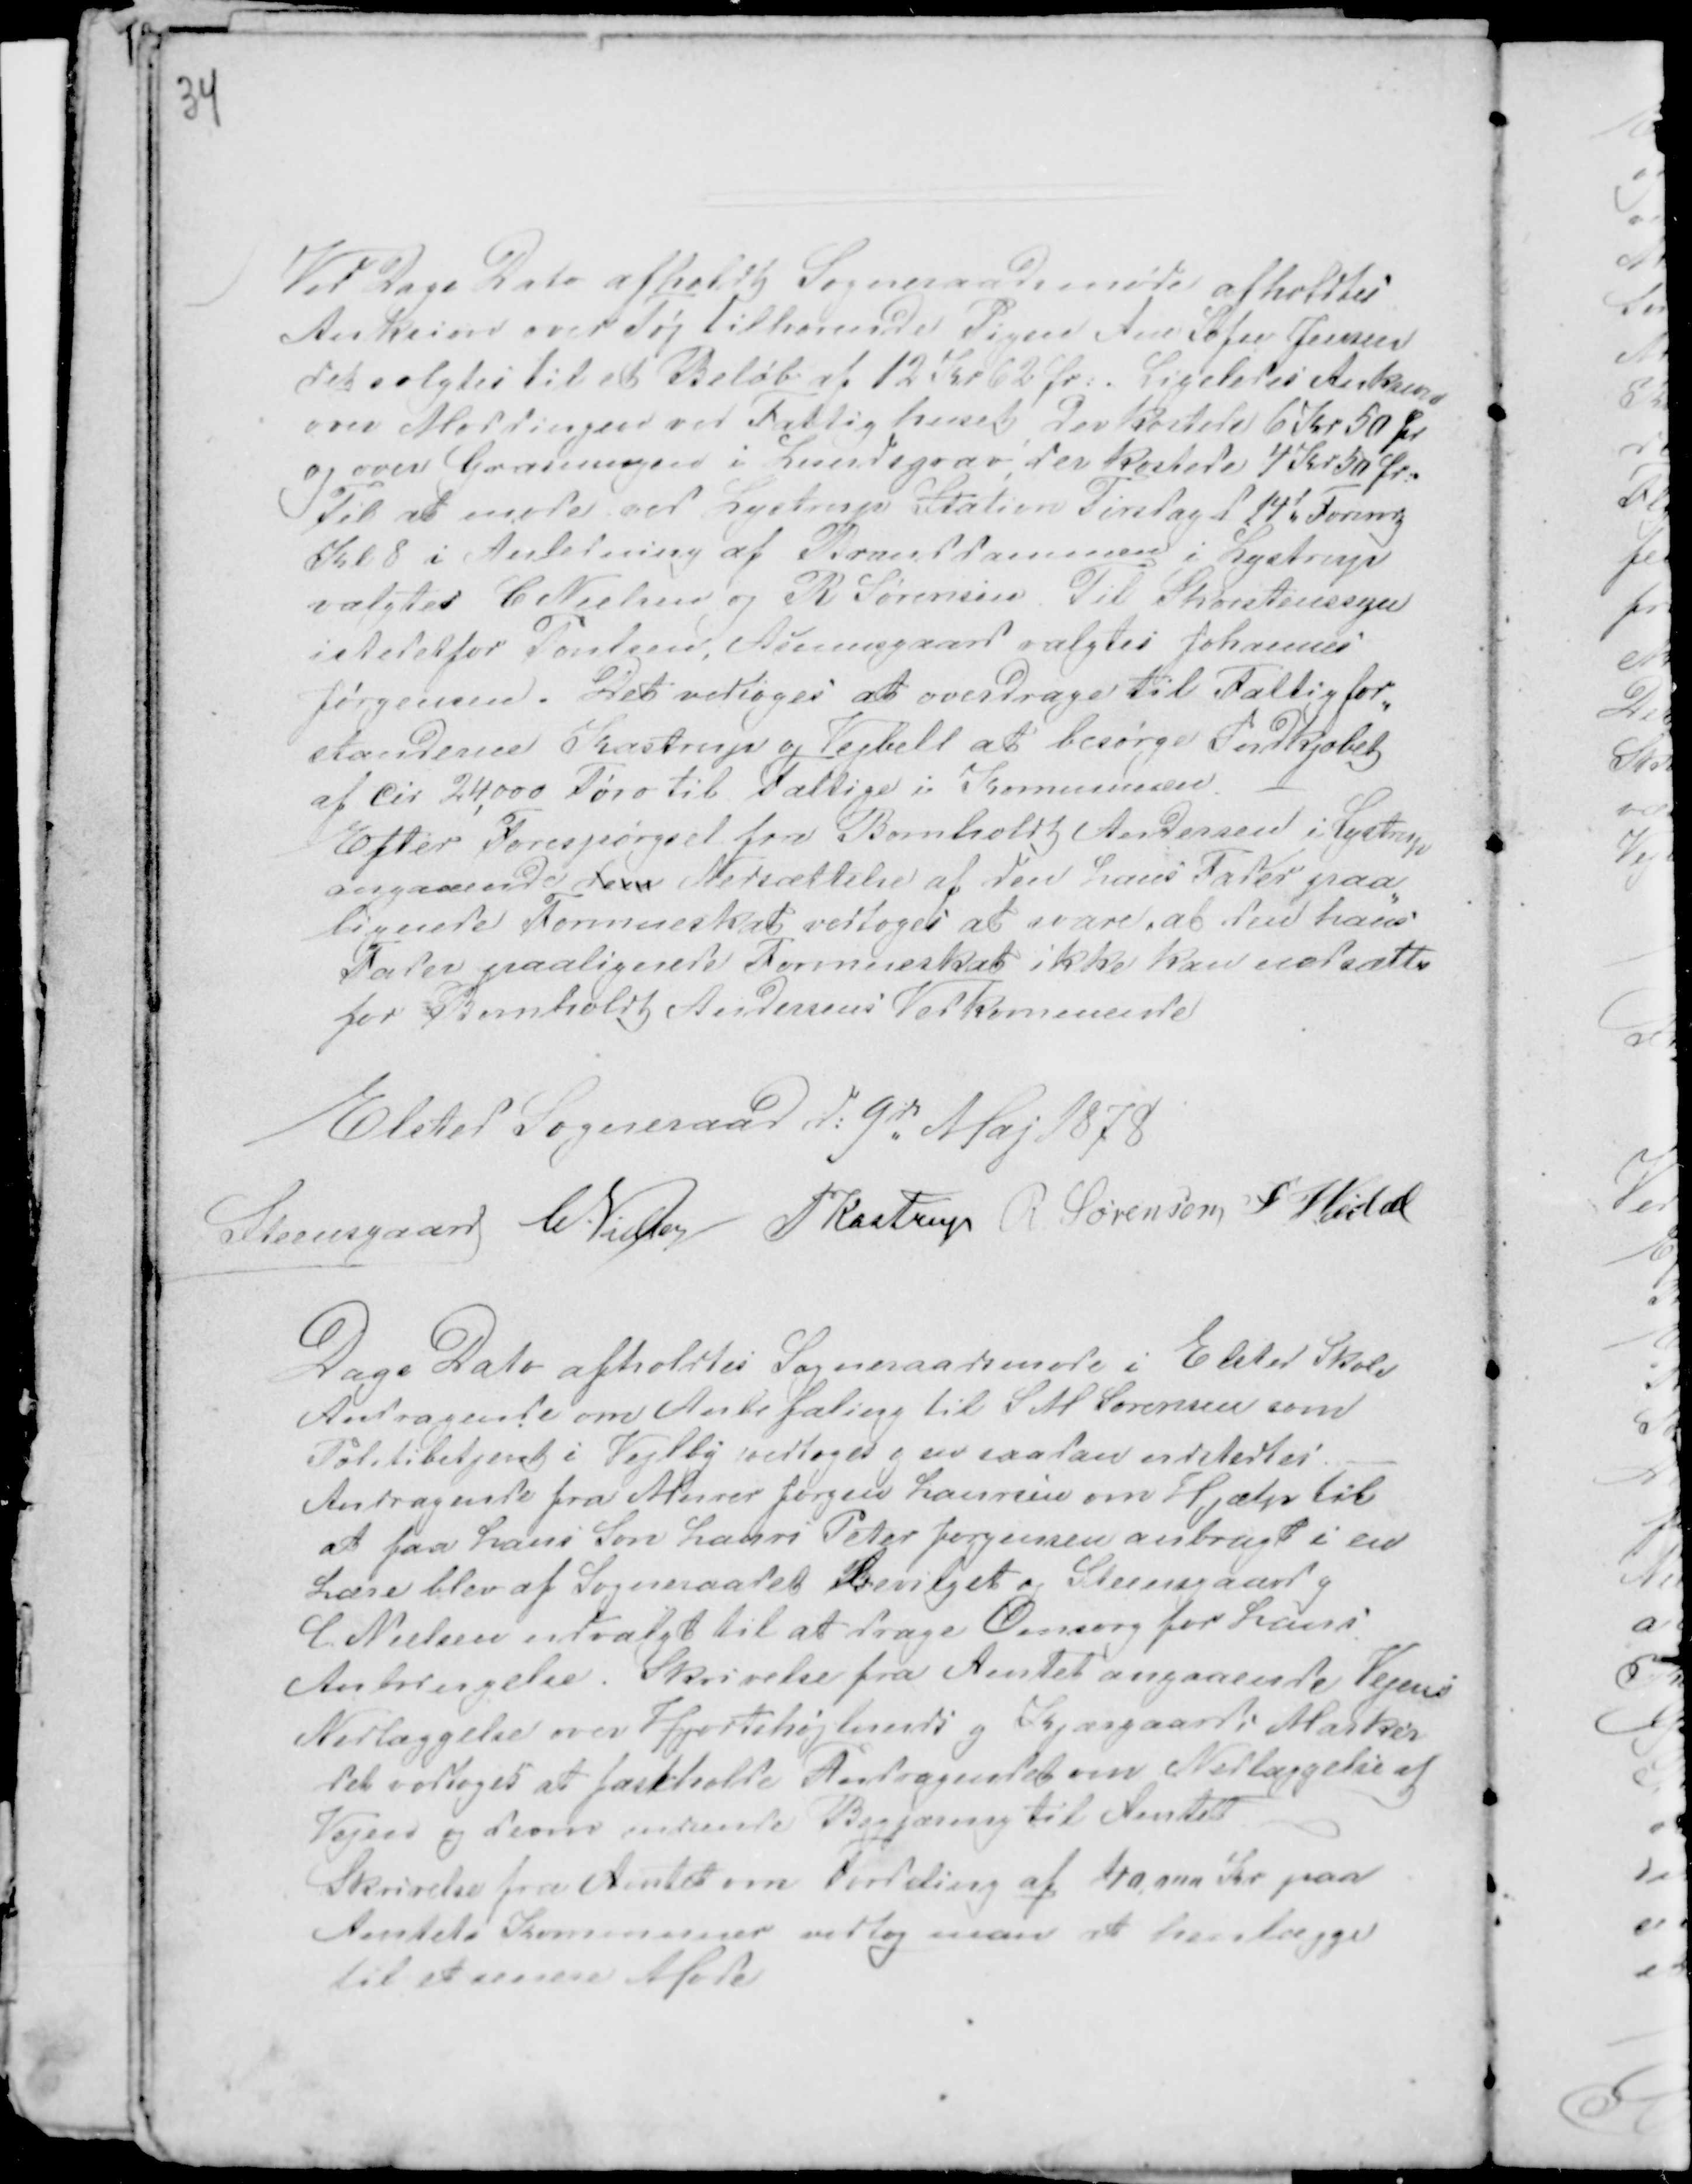
Transskription:
34

Ved Dags Dato afholdt Sogneraadsmøde afholdtes
Auksion over Tøj tilhørende Pigen Ane Sofie Jensen
det solgtes til et Beløb af 12 Kr 62 Ør:. Ligeledes Auksion
over Møddingen ved Fattighuset, der kostede 6 Kr 50 Ør
og over Græsningen i Lundegrav, der kostede 4 Kr 50 Ør:.
Til at møde ved Lystrup Station Tirsdag d 14d Formdg
Kl 8 i Anledning af Branddammen i Lystrup
valgtes C Nielsen og R Sørensen. Til Skorstenssyn
istedetfor Poulsen, Asmusgaard valgtes Johannes
Jørgensen. Det vedtoges at overdrage til Fattigfor-
standerne Kastrup og Veibell at besørge Indkjøbet
af cir 24,000 Tørv til Fattige i Kommunen. -
Efter Forespørgsel fra Bomholt Andersen i Lystrup
angaaende den Nedsættelse af den hans Fader paa-
lignede Formueskat vedtoges at svare, at den hans
Fader paalignede Formueskat ikke kan nedsættes
for Bomholdt Andersens Vedkommende

Elsted Sogneraad d: 9d Maj 1878
Steensgaard CNielsen PKastrup R Sørensen F Veibel

Dags Dato afholdtes Sogneraadsmøde i Elsted Skole
Andragende om Anbefaling til S M Sørensen som
Politibetjent i Vejlby vedtoges g en saadan udstedtes. -
Andragende fra Murer Jørgen Laursen om Hjælp til
at faa hans Søn Laurs Peter Jørgensen anbragt i en
Lære blev af Sogneraadet bevilget og Steensgaard g
C Nielsen udvalgt til at drage Omsorg for hans
Anbringelse. Skrivelse fra Amtet angaaende Vejens
Nedlæggelse over Hjortshøjlunds g Kjærgaards Marker
det vedtoges at fastholde Andragendet om Nedlæggelse af
Vejen og deom indsende Begjæring til Amtet
Skrivelse fra Amtet om Fordeling af 40,000 Kr paa
Amtets Kommuner vedtog man at henlægge
til et senere Møde